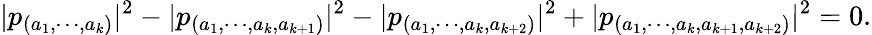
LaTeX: |p_{(a_{1},\cdots,a_{k})}|^{2}-|p_{(a_{1},\cdots,a_{k},a_{k+1})}|^{2}-|p_{(a_{1},\cdots,a_{k},a_{k+2})}|^{2}+|p_{(a_{1},\cdots,a_{k},a_{k+1},a_{k+2})}|^{2}=0.